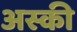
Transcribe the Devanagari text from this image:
अस्की